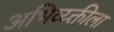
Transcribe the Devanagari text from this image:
अभिव्य्क्तीला